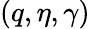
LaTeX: (q,\eta,\gamma)